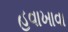
હવાખાવા